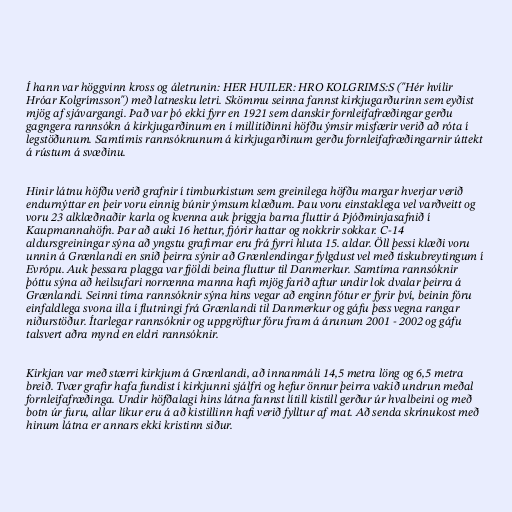
Í hann var höggvinn kross og áletrunin: HER HUILER: HRO KOLGRIMS:S ("Hér hvílir
Hróar Kolgrímsson") með latnesku letri. Skömmu seinna fannst kirkjugarðurinn sem eyðist
mjög af sjávargangi. Það var þó ekki fyrr en 1921 sem danskir fornleifafræðingar gerðu
gagngera rannsókn á kirkjugarðinum en í millitíðinni höfðu ýmsir misfærir verið að róta í
legstöðunum. Samtímis rannsóknunum á kirkjugarðinum gerðu fornleifafræðingarnir úttekt
á rústum á svæðinu.

Hinir látnu höfðu verið grafnir í timburkistum sem greinilega höfðu margar hverjar verið
endurnýttar en þeir voru einnig búnir ýmsum klæðum. Þau voru einstaklega vel varðveitt og
voru 23 alklæðnaðir karla og kvenna auk þriggja barna fluttir á Þjóðminjasafnið í
Kaupmannahöfn. Þar að auki 16 hettur, fjórir hattar og nokkrir sokkar. C-14
aldursgreiningar sýna að yngstu grafirnar eru frá fyrri hluta 15. aldar. Öll þessi klæði voru
unnin á Grænlandi en snið þeirra sýnir að Grænlendingar fylgdust vel með tískubreytingum í
Evrópu. Auk þessara plagga var fjöldi beina fluttur til Danmerkur. Samtíma rannsóknir
þóttu sýna að heilsufari norrænna manna hafi mjög farið aftur undir lok dvalar þeirra á
Grænlandi. Seinni tíma rannsóknir sýna hins vegar að enginn fótur er fyrir því, beinin fóru
einfaldlega svona illa í flutningi frá Grænlandi til Danmerkur og gáfu þess vegna rangar
niðurstöður. Ítarlegar rannsóknir og uppgröftur fóru fram á árunum 2001 - 2002 og gáfu
talsvert aðra mynd en eldri rannsóknir.

Kirkjan var með stærri kirkjum á Grænlandi, að innanmáli 14,5 metra löng og 6,5 metra
breið. Tvær grafir hafa fundist í kirkjunni sjálfri og hefur önnur þeirra vakið undrun meðal
fornleifafræðinga. Undir höfðalagi hins látna fannst lítill kistill gerður úr hvalbeini og með
botn úr furu, allar líkur eru á að kistillinn hafi verið fylltur af mat. Að senda skrínukost með
hinum látna er annars ekki kristinn siður.